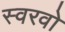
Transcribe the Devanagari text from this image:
स्वरवो